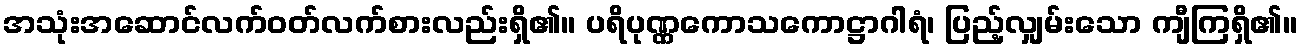
အသုံးအဆောင်လက်ဝတ်လက်စားလည်းရှိ၏။ ပရိပုဏ္ဏကောသကောဋ္ဌာဂါရံ၊ ပြည့်လျှမ်းသော ကျီကြရှိ၏။